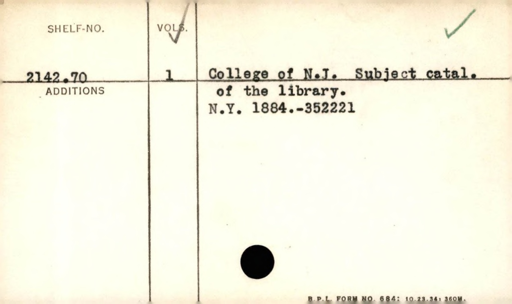
Label: content